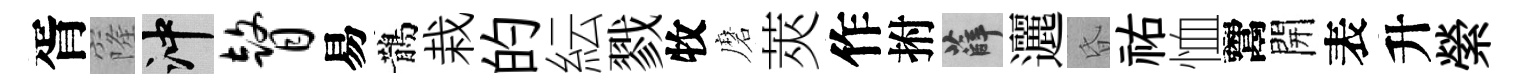
胥窿冲瞽易鵲栽的紜戮牧磨莢作拊薛邐昏祐恤鬻開表升縈